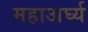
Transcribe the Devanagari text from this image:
महाअर्घ्य